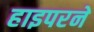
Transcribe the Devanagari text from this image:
हाइपरने